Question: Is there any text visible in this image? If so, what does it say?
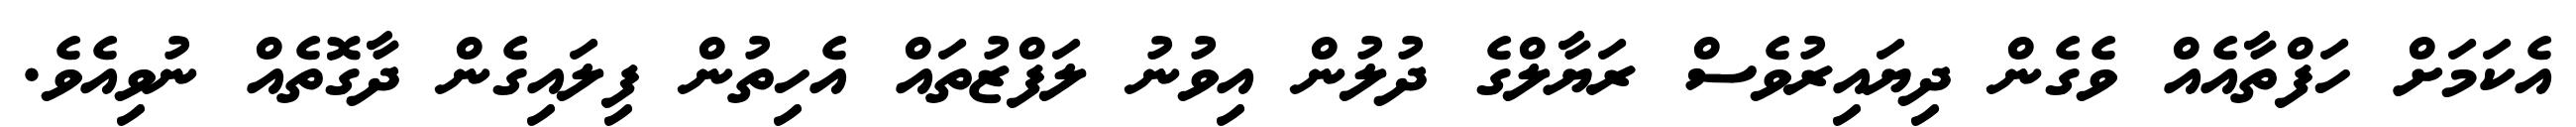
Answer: އެކަމަށް ހަފްތާއެއް ވެގެން ދިޔައިރުވެސް ރަޔާލްގެ ދުލުން އިވުނު ލަފްޒުތައް އެހިތުން ފިލައިގެން ދާގޮތެއް ނުވިއެވެ.